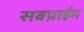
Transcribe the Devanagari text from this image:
सबप्राईम